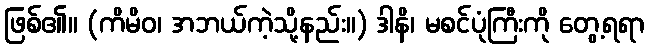
ဖြစ်၏။ (ကိမိဝ၊ အဘယ်ကဲ့သို့နည်း။) ဒါနိ၊ မစင်ပုံကြီးကို တွေ့ရရာ